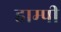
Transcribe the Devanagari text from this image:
हाम्पी